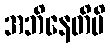
အဘိနေတိပိ